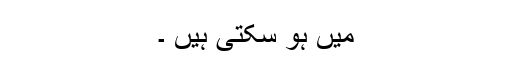
میں ہو سکتی ہیں ۔